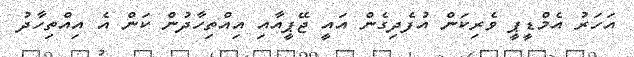
އަަހަރު އެމްޑީޕީ ވެރިކަން އުފެދިގެން އައީ ޖޭޕީއާއި އިއްތިހާދުން ކަން އެ އިއްތިހާދު